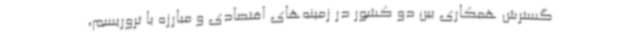
گسترش همکاری بین دو کشور در زمینه‌های اقتصادی و مبارزه با تروریسم،